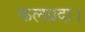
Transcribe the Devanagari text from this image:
फलप्रदा।